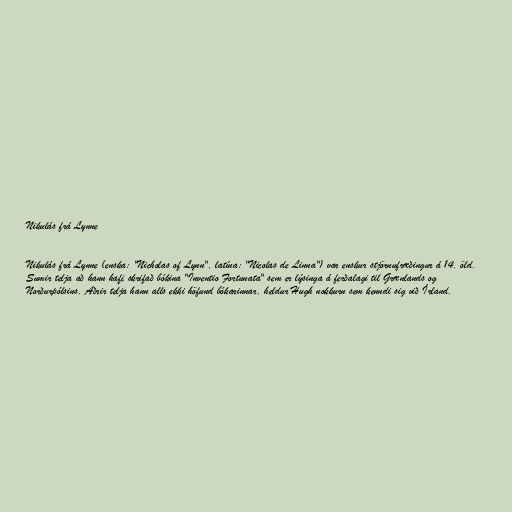
Nikulás frá Lynne

Nikulás frá Lynne (enska: "Nicholas of Lynn", latína: "Nicolas de Linna") var enskur stjörnufræðingur á 14. öld.
Sumir telja að hann hafi skrifað bókina "Inventio Fortunata" sem er lýsinga á ferðalagi til Grænlands og
Norðurpólsins. Aðrir telja hann alls ekki höfund bókarinnar, heldur Hugh nokkurn sem kenndi sig við Írland.